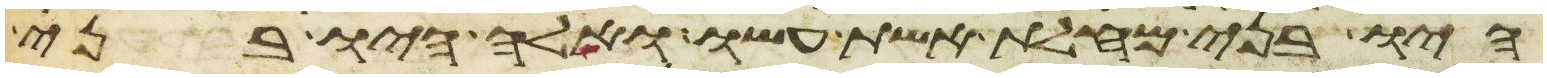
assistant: היו בני מחלת אשת עשו ואלה היו בני